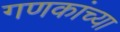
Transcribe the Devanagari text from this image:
गणकांच्या